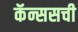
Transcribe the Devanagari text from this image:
कॅन्ससची